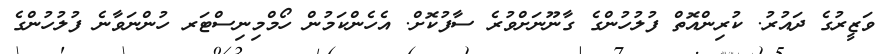
ވަޒީރުގެ ދައުރު. ކުރިންއޮތް ފުލުހުންގެ ގާނޫނަށްވުރެ ސާފުކޮށް. އެހެންކަމުން ހޯމްމިނިސްޓަރ ހުންނަވާނެ ފުލުހުންގެ